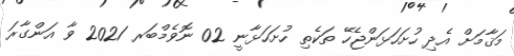
މަޤާމަށް އެދި ހުށަހަޅަންޖެހޭ ތަކެތި ހުށަހަޅާނީ 02 ނޮވެމްބަރ 2021 ވާ އަންގާރަ